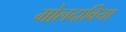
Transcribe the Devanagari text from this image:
मोलदाविया